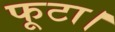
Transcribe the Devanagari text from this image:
फूटा।